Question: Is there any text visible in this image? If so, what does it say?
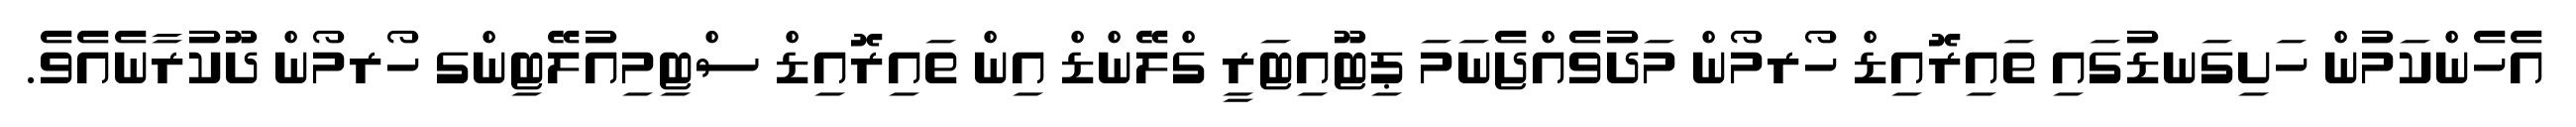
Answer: އެހެންކަމުން ހަށިގަނޑުގައި ތައިރޮއިޑް ހޯރމޯން މަދުވެއްޖެނަމަ ޕިޓޫއިޓަރީ ގްލޭންޑް އިން ތައިރޮއިޑް ސްޓިމިއުލޭޓިންގ ހޯރމޯން ދޫކުރާނެއެވެ.